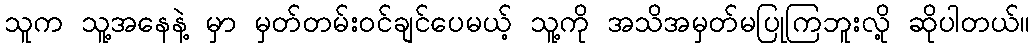
သူက သူ့အနေနဲ့ မှာ မှတ်တမ်းဝင်ချင်ပေမယ့် သူ့ကို အသိအမှတ်မပြုကြဘူးလို့ ဆိုပါတယ်။